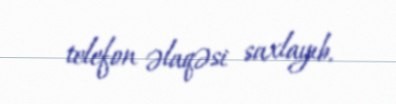
telefon əlaqəsi saxlayıb.